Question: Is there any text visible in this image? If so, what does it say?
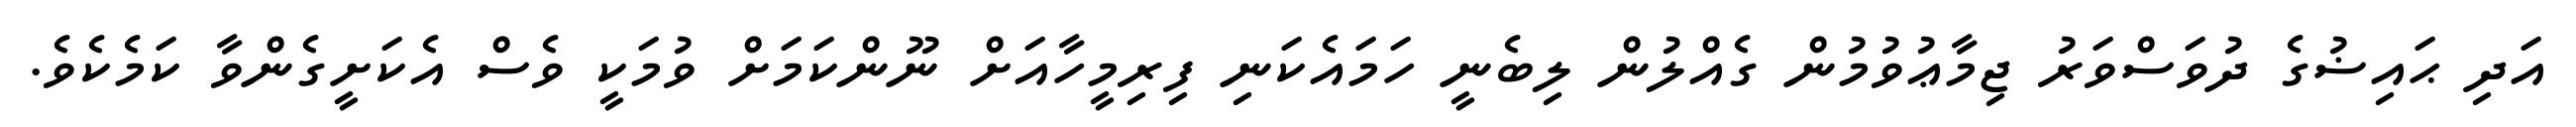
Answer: އަދި ޙައިޟުގެ ދުވަސްވަރު ޖިމާޢުވުމުން ގެއްލުން ލިބެނީ ހަމައެކަނި ފިރިމީހާއަށް ނޫންކަމަށް ވުމަކީ ވެސް އެކަށީގެންވާ ކަމެކެވެ.